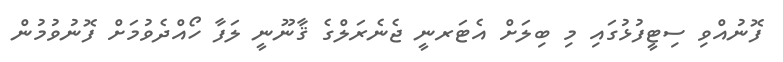
ފޮނުއްވި ސިޓީފުޅުގައި މި ބިލަށް އެޓަރނީ ޖެނެރަލްގެ ޤާނޫނީ ލަފާ ހޯއްދެވުމަށް ފޮނުވުމުން